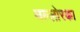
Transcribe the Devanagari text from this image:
मल्लोरका